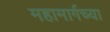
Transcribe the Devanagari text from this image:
महामार्गच्या